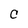
Character: C